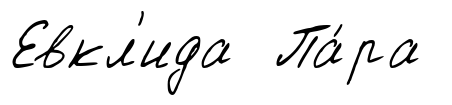
Евкл'ида Па́ра